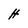
Character: H